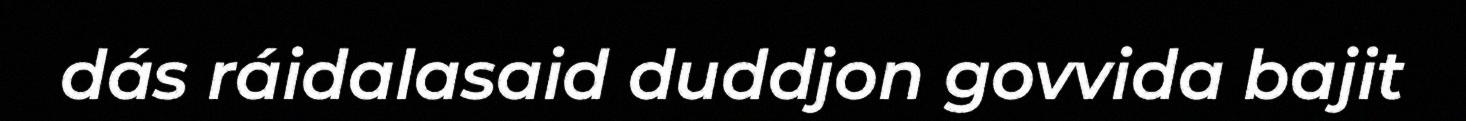
dás ráidalasaid duddjon govvida bajit